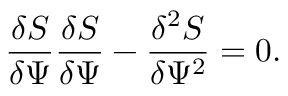
\frac { \delta S } { \delta \Psi } \frac { \delta S } { \delta \Psi } - \frac { \delta ^ { 2 } S } { \delta \Psi ^ { 2 } } = 0 .